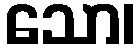
သော၊